Indian Medical Review
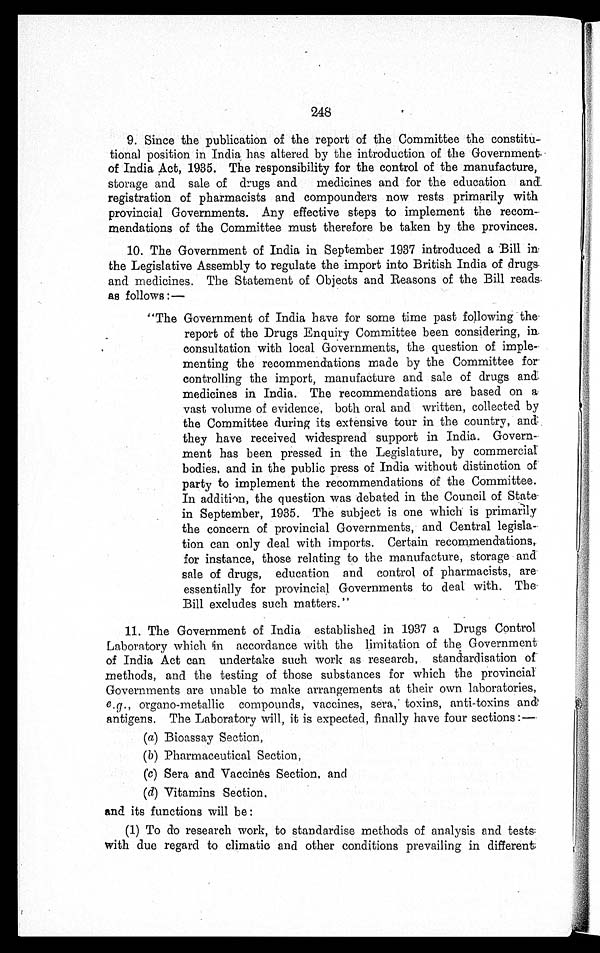
248
9. Since the publication of the report of the Committee the constitu
-
tional position in India has altered by the introduction of the Government
of India Act, 1935. The responsibility for the control of the manufacture,
storage and sale of drugs and medicines and for the education and
registration of pharmacists and compounders now rests primarily with
provincial Governments. Any effective steps to implement the recom
-
mendations of the Committee must therefore be taken by the provinces.
10. The Government of India in September 1937 introduced a Bill in
the Legislative Assembly to regulate the import into British India of drugs
and medicines. The Statement of Objects and Reasons of the Bill reads
as follows :—
"The Government of India have for some time past following the
report of the Drugs Enquiry Committee been considering, in
consultation with local Governments, the question of imple-
menting the recommendations made by the Committee for
controlling the import, manufacture and sale of drugs and
medicines in India. The recommendations are based on a
vast volume of evidence, both oral and written, collected by
the Committee during its extensive tour in the country, and
they have received widespread support in India. Govern
-
ment has been pressed in the Legislature, by commercial
bodies, and in the public press of India without distinction of
party to implement the recommendations of the Committee.
In addition, the question was debated in the Council of State,
in September, 1935. The subject is one which is primarily
the concern of provincial Governments, and Central legisla
-
tion can only deal with imports. Certain recommendations,
for instance, those relating to the manufacture, storage and
sale of drugs, education and control of pharmacists, are
essentially for provincial Governments to deal with. The
Bill excludes such matters."
•
11. The Government of India established in 1937 a Drugs Control
Laboratory which in accordance with the limitation of the Government
of India Act can undertake such work as research, standardisation of
methods, and the testing of those substances for which the provincial
Governments are unable to make arrangements at their own laboratories,
e.g., organo-metallic compounds, vaccines, sera, toxins, anti-toxins and
antigens. The Laboratory will, it is expected, finally have four sections :
—
(a) Bioassay Section,
(b) Pharmaceutical Section,
(c) Sera and Vaccinés Section, and
(d) Vitamins Section,
and its functions will be :
(1) To do research work, to standardise methods of analysis and tests
with due regard to climatic and other conditions prevailing in different